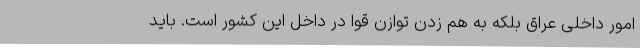
امور داخلی عراق بلکه به هم زدن توازن قوا در داخل این کشور است. باید